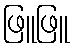
ဖြူဖြူ